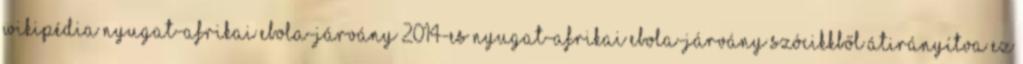
Wikipédia Nyugat-afrikai Ebola-járvány 2014-es nyugat-afrikai Ebola-járvány szócikkből átirányítva Ez